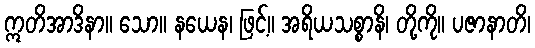
ဣတိအာဒိနာ။ သော။ နယေန၊ ဖြင့်။ အရိယသစ္စာနိ၊ တို့ကို။ ပဇာနာတိ၊